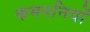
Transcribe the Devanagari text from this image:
कमपनियों